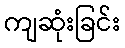
ကျဆုံးခြင်း